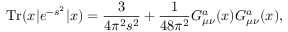
\mathrm { T r } ( x | e ^ { - s \not { P } ^ { 2 } } | x ) = { \frac { 3 } { 4 \pi ^ { 2 } s ^ { 2 } } } + { \frac { 1 } { 4 8 \pi ^ { 2 } } } G _ { \mu \nu } ^ { a } ( x ) G _ { \mu \nu } ^ { a } ( x ) ,